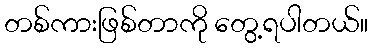
တစ်ကားဖြစ်တာကို တွေ့ရပါတယ်။